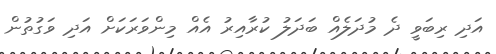
އަދި ރިބަވީ ދެ މުދަލެއް ބަދަލު ކުރާއިރު އެއް މިންވަރަކަށް އަދި ވަގުތުން